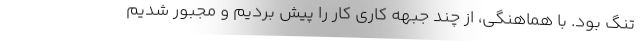
تنگ بود. با هماهنگی، از چند جبهه کاری کار را پیش بردیم و مجبور شدیم